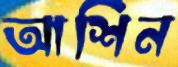
আশিন